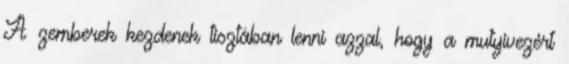
A zemberek kezdenek tisztában lenni azzal, hogy a mutyivezért